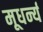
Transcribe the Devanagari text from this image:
मूधर्न्य